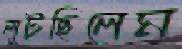
লুটছিলেম